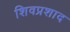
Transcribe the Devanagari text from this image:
शिवप्रशाद